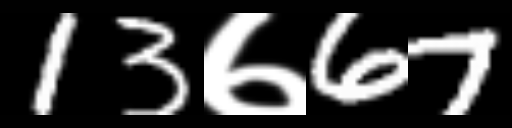
Text: 13७67